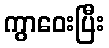
ကွာဝေးပြီး